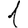
Digit: 1